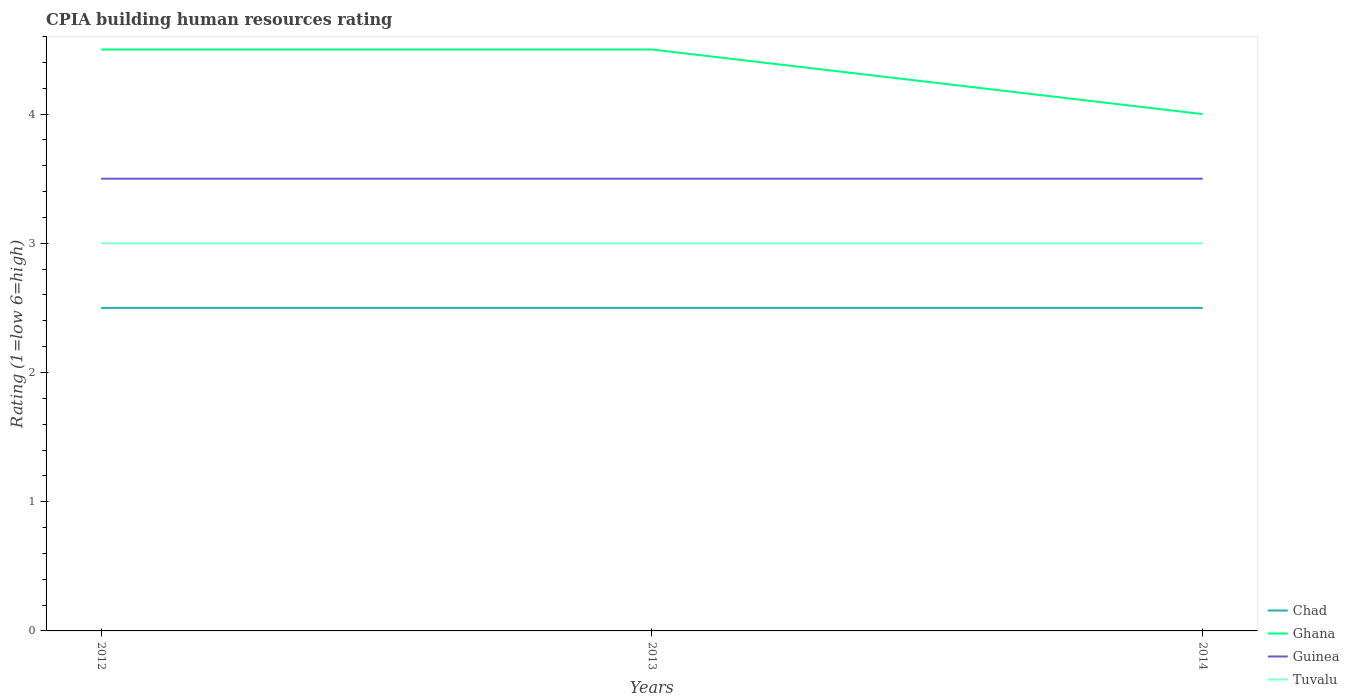
| Years | Chad | Ghana | Guinea | Tuvalu |
 | --- | --- | --- | --- | --- |
 | 2012 | 2.5 | 4.5 | 3.5 | 3 |
 | 2013 | 2.5 | 4.5 | 3.5 | 3 |
 | 2014 | 2.5 | 4 | 3.5 | 3 |